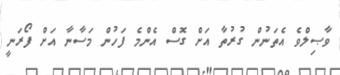
ވާޞިލްވެ އެތަނުން ގުރުތާ އަށް ގޮސް އެންމެ ފަހުން މަސާނާ އަށް ފޯރަނީ